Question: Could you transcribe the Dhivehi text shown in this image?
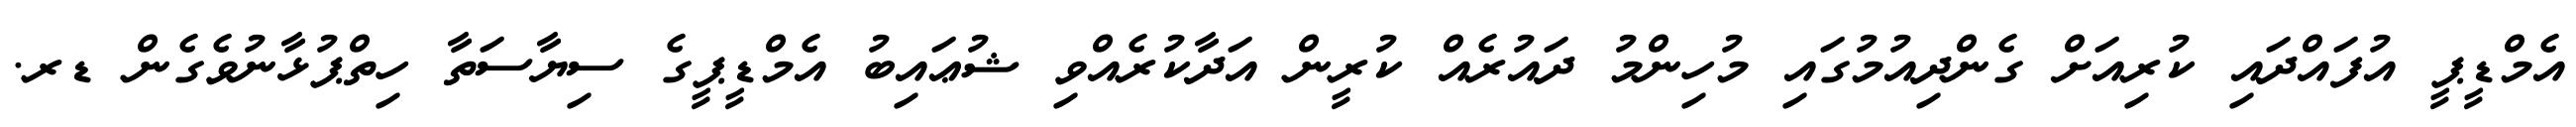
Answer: އެމްޑީޕީ އުފައްދައި ކުރިއަށް ގެންދިއުމުގައި މުހިންމު ދައުރެއް ކުރީން އަދާކުރެއްވި ޝުޢައިބު އެމްޑީޕީގެ ސިޔާސަތާ ހިތްޕުޅާނުވެގެން ޑރ.